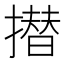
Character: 𭢗